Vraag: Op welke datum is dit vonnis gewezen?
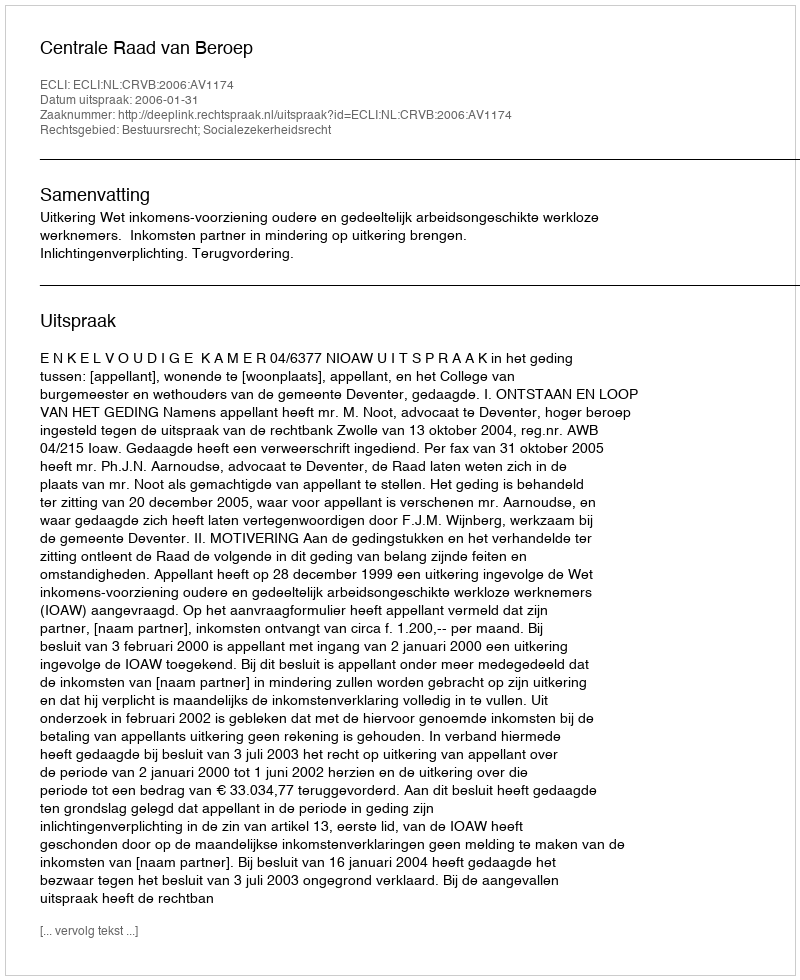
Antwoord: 2006-01-31